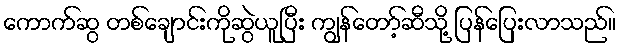
ကောက်ဆွ တစ်ချောင်းကိုဆွဲယူပြီး ကျွန်တော့်ဆီသို့ ပြန်ပြေးလာသည်။